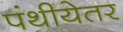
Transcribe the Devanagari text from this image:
पंथीयेतर